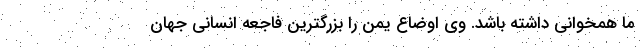
ما همخوانی داشته باشد. وی اوضاع یمن را بزرگترین فاجعه انسانی جهان